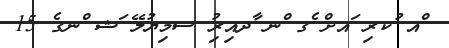
ްއ ުކރި ައށް ެގ ްނ ާދއިރުި ސމިޔުލޭ ަޝ ްނގެ 15